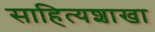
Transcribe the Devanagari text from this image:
साहित्यशाखा